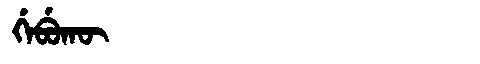
Manchu: ᡤᡝᠪᡠᡴᡡ
Romanization: GEBUKŪ